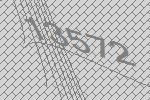
13572